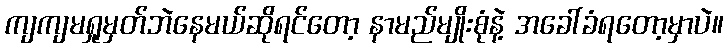
ကျကျမရှုမှတ်ဘဲနေမယ်ဆိုရင်တော့ နာမည်မျိုးစုံနဲ့ အခေါ်ခံရတော့မှာပဲ။